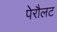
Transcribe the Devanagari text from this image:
पेरौलट